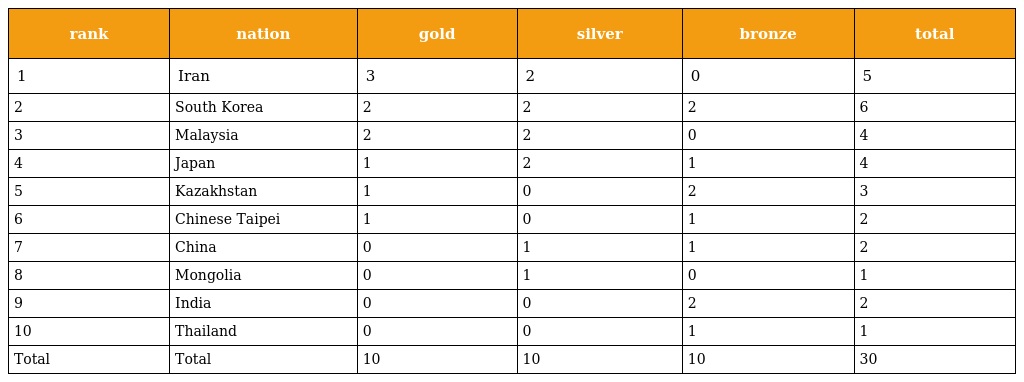
| rank | nation | gold | silver | bronze | total |
 | --- | --- | --- | --- | --- | --- |
 | 1 | Iran | 3 | 2 | 0 | 5 |
 | 2 | South Korea | 2 | 2 | 2 | 6 |
 | 3 | Malaysia | 2 | 2 | 0 | 4 |
 | 4 | Japan | 1 | 2 | 1 | 4 |
 | 5 | Kazakhstan | 1 | 0 | 2 | 3 |
 | 6 | Chinese Taipei | 1 | 0 | 1 | 2 |
 | 7 | China | 0 | 1 | 1 | 2 |
 | 8 | Mongolia | 0 | 1 | 0 | 1 |
 | 9 | India | 0 | 0 | 2 | 2 |
 | 10 | Thailand | 0 | 0 | 1 | 1 |
 | Total | Total | 10 | 10 | 10 | 30 |